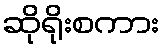
ဆိုရိုးစကား